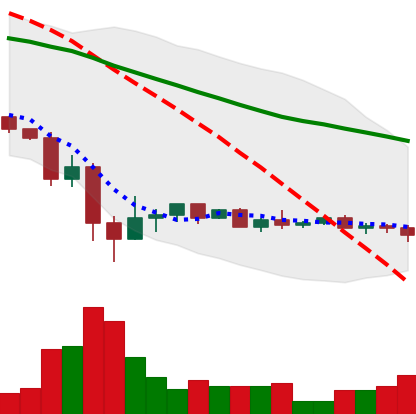
Ticker: XRP-USD
Chart end date: 2022-05-26
Forward return: 7.299%
Label: up_7plus